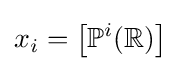
x_{i}=\left[\mathbb {P} ^{i}(\mathbb {R} )\right]